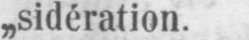
„sidération.